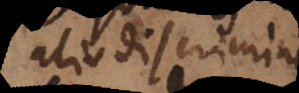
alio discrimine.